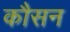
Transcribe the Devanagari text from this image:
कौसन